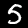
Label: 5